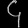
Digit: ၄